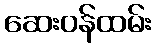
ဆေးဝန်ထမ်း